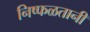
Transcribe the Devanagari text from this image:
निष्फळतानी